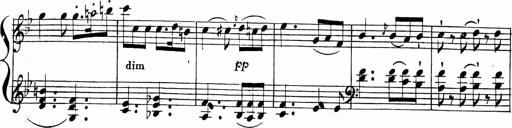
Title: 2 Piano Sonatinas
Composer: Ferdinand Ries